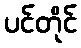
ပင်တိုင်